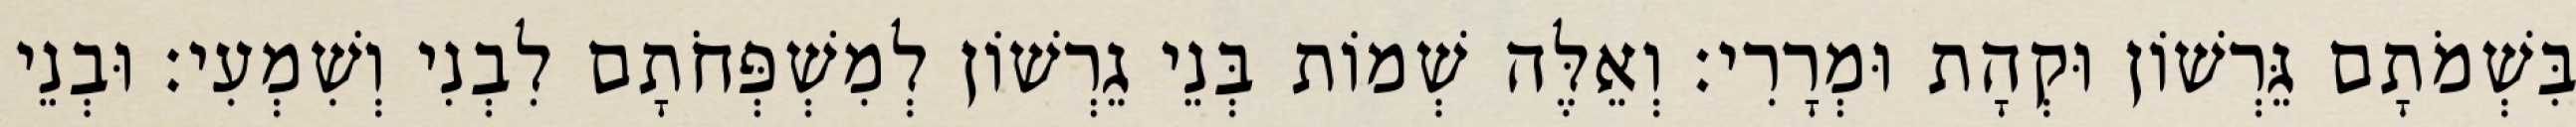
בִּשְׁמֹתָם גֵּרְשׁוֹן וּקְהָת וּמְרָרִי׃ וְאֵלֶּה שְׁמוֹת בְּנֵי גֵרְשׁוֹן לְמִשְׁפְּחֹתָם לִבְנִי וְשִׁמְעִי׃ וּבְנֵי